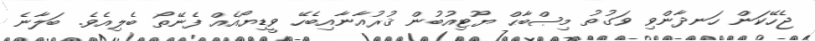
ޖެހޭކަން ހަނދާންވި ވަގުތު މިޞްބާޙް ޔޫޓިއުބުން ޤުރުއާނާއިބެހޭ ވީޑިޔޯއެއް ފެނޭތޯ ބެލިއެވެ. ބަލާނެ